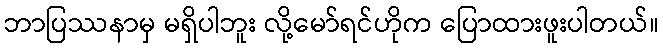
ဘာပြဿနာမှ မရှိပါဘူး လို့မော်ရင်ဟိုက ပြောထားဖူးပါတယ်။